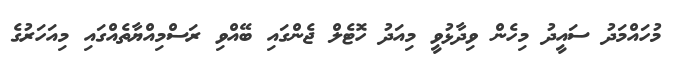
މުހައްމަދު ސައީދު މިހެން ވިދާޅުވީ މިއަދު ހޮޓެލް ޖެންގައި ބޭއްވި ރަސްމިއްޔާތެއްގައި މިއަހަރުގެ